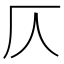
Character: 仄